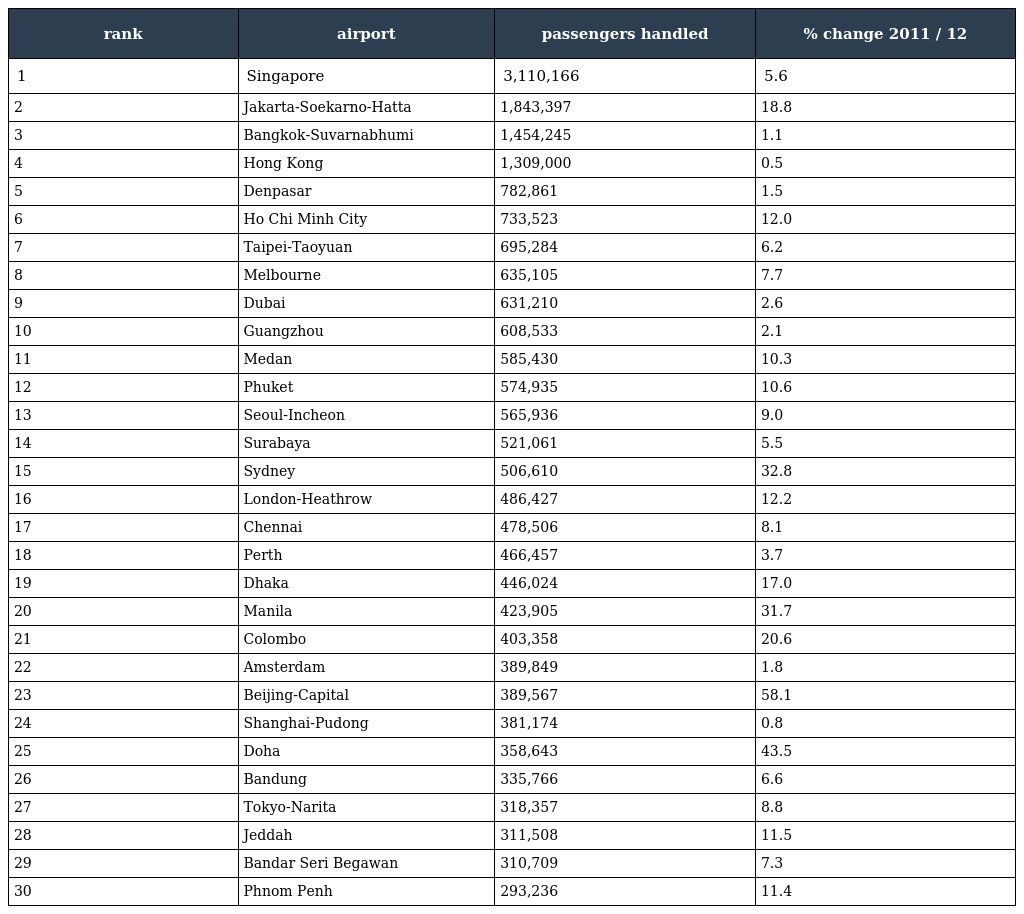
| rank | airport | passengers handled | % change 2011 / 12 |
 | --- | --- | --- | --- |
 | 1 | Singapore | 3,110,166 | 5.6 |
 | 2 | Jakarta-Soekarno-Hatta | 1,843,397 | 18.8 |
 | 3 | Bangkok-Suvarnabhumi | 1,454,245 | 1.1 |
 | 4 | Hong Kong | 1,309,000 | 0.5 |
 | 5 | Denpasar | 782,861 | 1.5 |
 | 6 | Ho Chi Minh City | 733,523 | 12.0 |
 | 7 | Taipei-Taoyuan | 695,284 | 6.2 |
 | 8 | Melbourne | 635,105 | 7.7 |
 | 9 | Dubai | 631,210 | 2.6 |
 | 10 | Guangzhou | 608,533 | 2.1 |
 | 11 | Medan | 585,430 | 10.3 |
 | 12 | Phuket | 574,935 | 10.6 |
 | 13 | Seoul-Incheon | 565,936 | 9.0 |
 | 14 | Surabaya | 521,061 | 5.5 |
 | 15 | Sydney | 506,610 | 32.8 |
 | 16 | London-Heathrow | 486,427 | 12.2 |
 | 17 | Chennai | 478,506 | 8.1 |
 | 18 | Perth | 466,457 | 3.7 |
 | 19 | Dhaka | 446,024 | 17.0 |
 | 20 | Manila | 423,905 | 31.7 |
 | 21 | Colombo | 403,358 | 20.6 |
 | 22 | Amsterdam | 389,849 | 1.8 |
 | 23 | Beijing-Capital | 389,567 | 58.1 |
 | 24 | Shanghai-Pudong | 381,174 | 0.8 |
 | 25 | Doha | 358,643 | 43.5 |
 | 26 | Bandung | 335,766 | 6.6 |
 | 27 | Tokyo-Narita | 318,357 | 8.8 |
 | 28 | Jeddah | 311,508 | 11.5 |
 | 29 | Bandar Seri Begawan | 310,709 | 7.3 |
 | 30 | Phnom Penh | 293,236 | 11.4 |